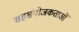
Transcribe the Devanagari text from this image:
सहसंयोजकताओं